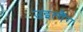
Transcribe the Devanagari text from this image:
उइत्गैंग